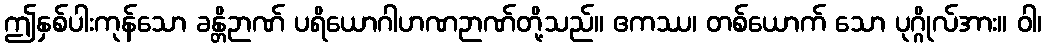
ဤနှစ်ပါးကုန်သော ခန္တိဉာဏ် ပရိယောဂါဟဏဉာဏ်တို့သည်။ ဧကဿ၊ တစ်ယောက် သော ပုဂ္ဂိုလ်အား။ ဝါ၊